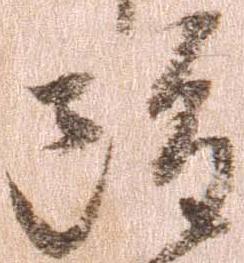
雖